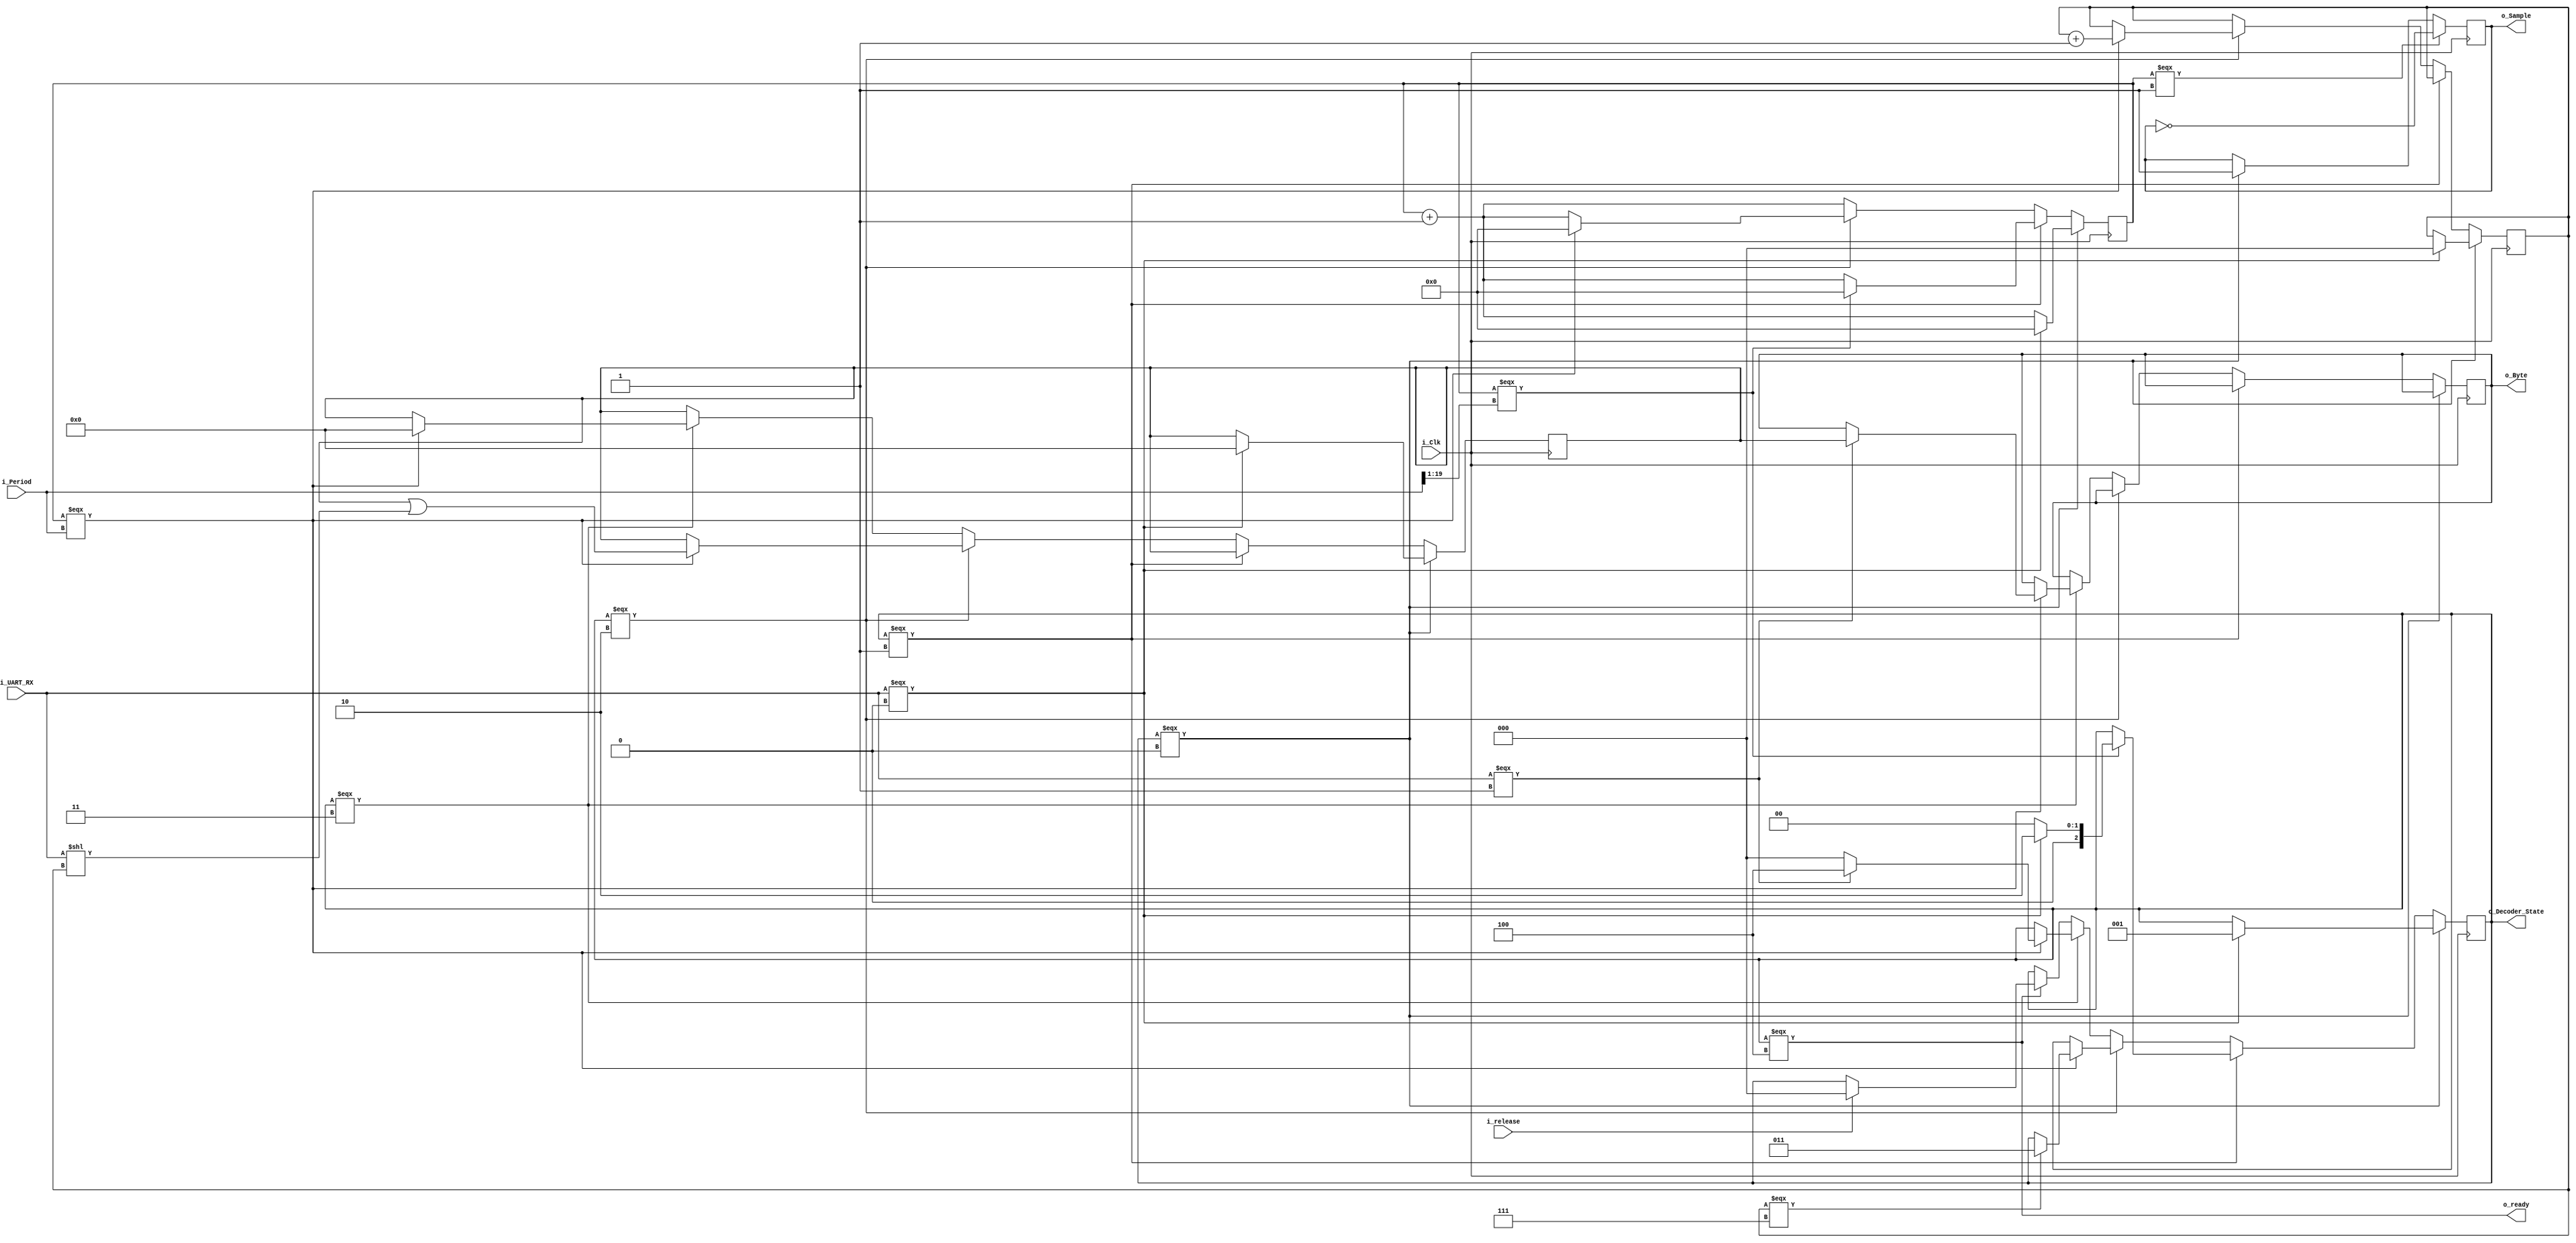
module UART_Decoder (
  input i_Clk,
  input [19:0] i_Period,
  input i_UART_RX,
  input i_release,
  output [7:0] o_Byte,
  output o_ready,
  output o_Sample,
  output [2:0] o_Decoder_State
  );
  
  wire [19:0] w_HalfPeriod;
  assign w_HalfPeriod = i_Period >> 1;
  
  reg [2:0] r_State = 3'b0; // State machine
  reg [7:0] r_ByteInProgress = 8'b0;
  reg [7:0] r_FinishedByte = 8'b0;
  reg [19:0] c_SampleClock = 20'b0;
  reg [2:0] r_DigitIndex = 3'b0;
  reg r_Sample = 1'b0;
  
  always @(posedge i_Clk) begin
    c_SampleClock <= c_SampleClock + 1; // default behavior
    // Begin watching for byte
    if (r_State === 3'd0) begin
      r_Sample <= 1;
      if (i_UART_RX === 0) begin
        r_State <= 1;
        r_ByteInProgress <= 8'b0;
        c_SampleClock <= 0;
        r_DigitIndex <= 0;
      end
    end
    // Make sure it stays low for at least a half-period
    else if (r_State === 3'd1) begin
      if (c_SampleClock === w_HalfPeriod) begin
        if (i_UART_RX === 0) begin
          r_State <= 2;
        end else begin
          r_State <= 0;
        end
        c_SampleClock <= 0;
      end
    end
    // Capturing state
    else if (r_State === 3'd2) begin
      if (c_SampleClock === i_Period) begin
        // Shift bits + sample
        r_ByteInProgress <= r_ByteInProgress | (i_UART_RX << r_DigitIndex);
        // Reset sampling counter timer
        c_SampleClock <= 0;
        // One less digit to grab
        r_DigitIndex <= r_DigitIndex + 1;
        // NOTE: DESPITE THE LINE ABOVE, r_DigitIndex is STILL its old value in the comparison below. GET USED TO THINKING IN REGISTERS.
        if (r_DigitIndex === 7) begin
          r_State <= 3;
        end
      end
    end
    // Verify stop bit
    else if (r_State === 3'd3) begin
      if (c_SampleClock === i_Period) begin
        if (i_UART_RX === 1) begin
          r_State <= 4;
          r_FinishedByte <= r_ByteInProgress;
          r_ByteInProgress <= 8'b0;
        end else begin
          r_ByteInProgress <= 8'b0;
          r_State <= 0;
        end
      end
    end
    else if (r_State === 3'd4) begin
      if (i_release) begin
        r_State <= 0;
      end
    end
    if (c_SampleClock === 1) begin
      r_Sample <= !r_Sample;
    end
  end
  
  assign o_Byte = r_FinishedByte;
  assign o_ready = r_State === 4;
  assign o_Sample = r_Sample;
  assign o_Decoder_State = r_State;
endmodule